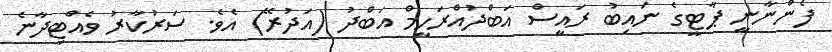
ފެންނާނީ ޕާޓީގެ ނައިބު ރައީސް އަބްދުއްރަހީމް އަބްދު (އަދުރޭ) އެވެ. ސަރުކާރު ވެއްޓިދާނެ